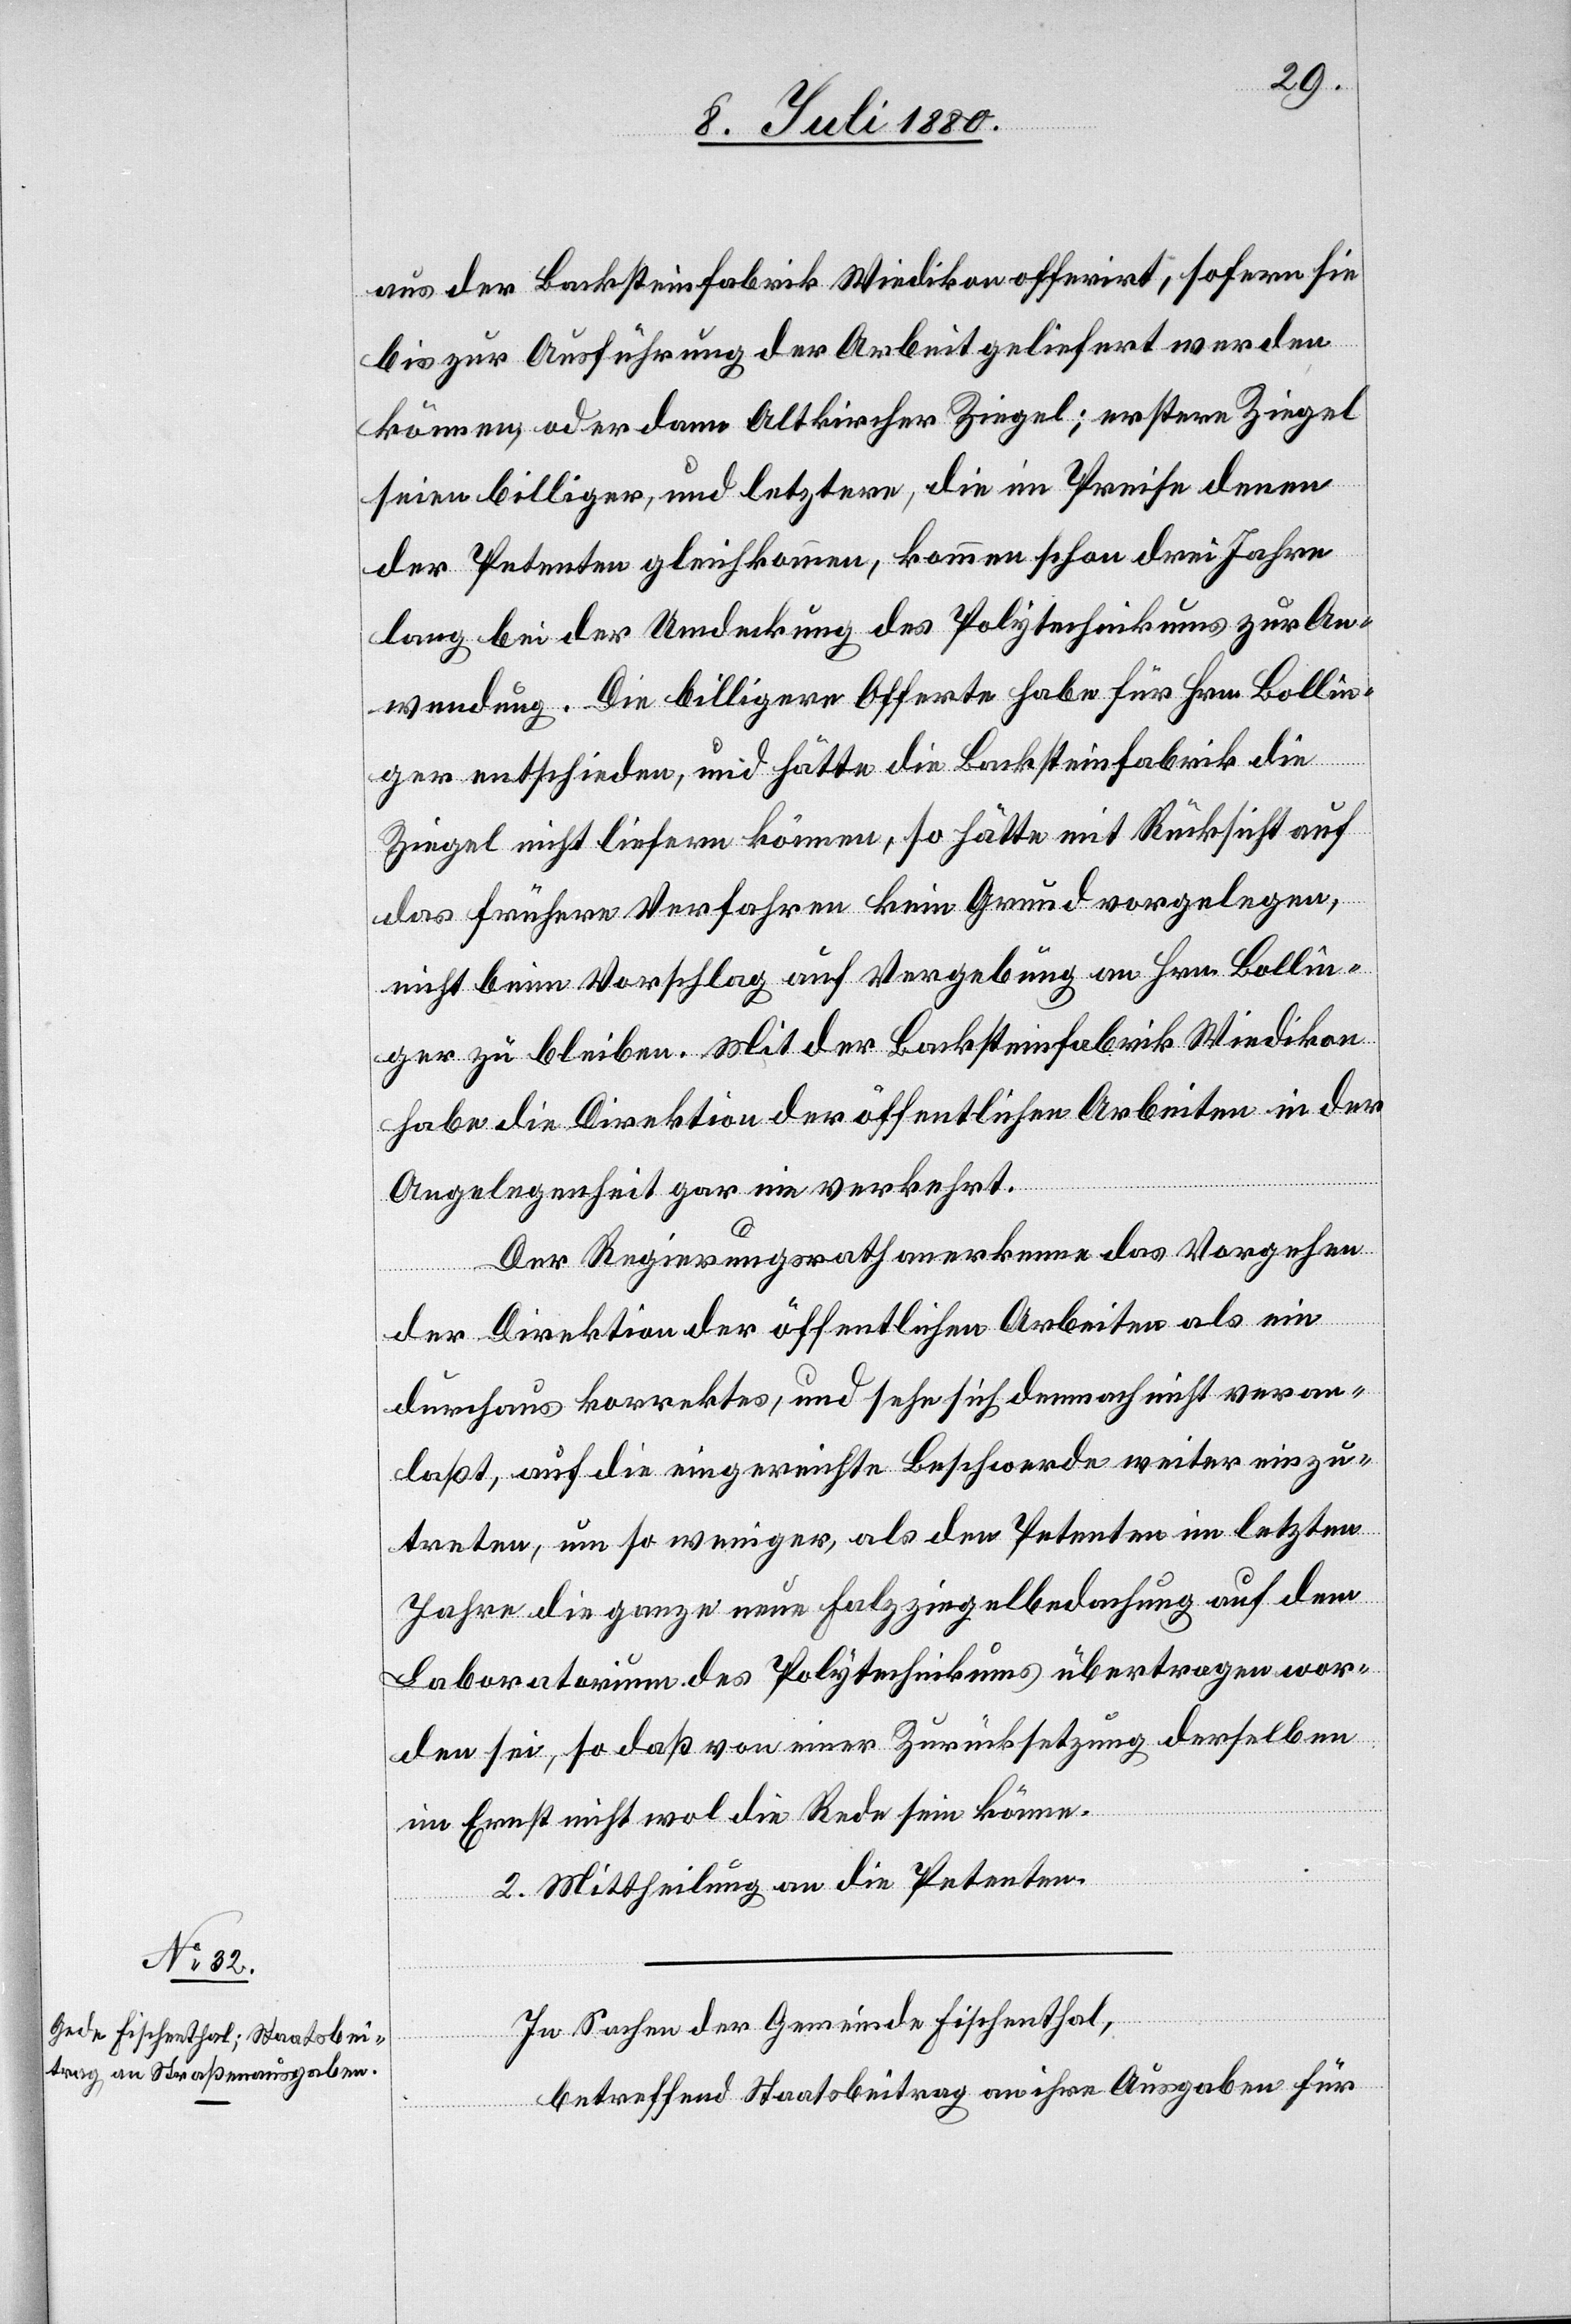
aus der Backsteinfabrik Wiedikon offerirt; sofern sie
bis zur Ausführung der Arbeit geliefert werden
können, oder dann Altkircher Ziegel; erstere Ziegel
seien billiger, und letztere, die im Preise denen
der Petenten gleichkommen, kommen schon drei Jahre
lang bei der Umdeckung des Polytechnikums zur An¬
wendung. Die billigere Offerte habe für Hrn. Bollin¬
ger entschieden, und hätte die Backsteinfabrik die
Ziegel nicht liefern können, so hätte mit Rücksicht auf
das frühere Verfahren kein Grund vorgelegen,
nicht beim Vorschlag auf Vergebung an Hrn. Bollin¬
ger zu bleiben. Mit der Backsteinfabrik Wiedikon
habe die Direktion der öffentlichen Arbeiten in der
Angelegenheit gar nie verkehrt.
Der Regierungsrath anerkenne das Vorgehen
der Direktion der öffentlichen Arbeiten als ein
durchaus korrektes, und sehe sich demnach nicht veran¬
laßt, auf die eingereichte Beschwerde weiter einzu¬
treten, um so weniger, als den Petenten im letzten
Jahre die ganze neue Falzziegelbedachung auf dem
Laboratorium des Polytechnikums übertragen wor¬
den sei, so daß von einer Zurücksetzung derselben
im Ernst nicht wol die Rede sein könne.
2. Mittheilung an die Petenten.
In Sachen der Gemeinde Fischenthal,
betreffend Staatsbeitrag an ihre Ausgaben für